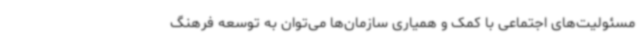
مسئولیت‌های اجتماعی با کمک و همیاری سازمان‌ها می‌توان به توسعه فرهنگ